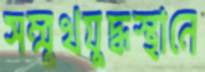
সম্মুখযুদ্ধস্থানে